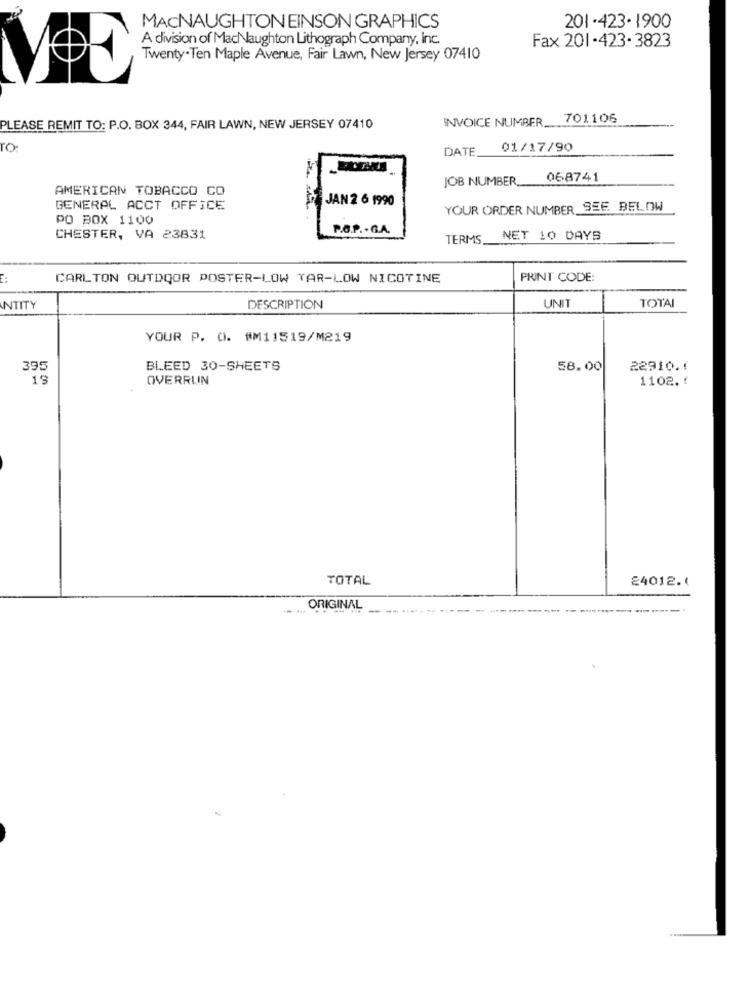
MACNAUGHTONEINSON GRAPHICS
201 .423. 1900
A division of MacNaughton Lithograph Company, Inc.
Fax 201.423- 3823
Twenty.Ten Maple Avenue, Fair Lawn, New Jersey 07410
INVOICE NUMBER _....
701106
PLEASE REMIT TO: P.O. BOX 344, FAIR LAWN, NEW JERSEY 07410
ro
DATE
01/17/90
JOB NUMBER.
068741
AMERICAN TOBACCO CO
JAN 2 6 1990
GENERAL ACCT OFFICE
YOUR ORDER NUMBER SEE BELOW
PO BOX 1100
P.O.P. . G.A.
CHESTER, VA 23831
TERMS.
NET 10 DAYS
E:
CARLTON OUTDOOR POSTER-LOW TAR-LOW NICOTINE
PRINT CODE:
TOTAI
NTITY
DESCRIPTION
UNIT
YOUR P. O. #M11519/M219
395
BLEED 30-SHEETS
58.00
22910.1
19
OVERRUIN
1102.
TOTAL
24012.1
ORIGINAL